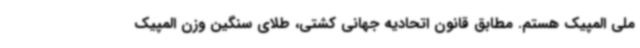
ملی المپیک هستم. مطابق قانون اتحادیه جهانی کشتی، طلای سنگین وزن المپیک